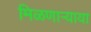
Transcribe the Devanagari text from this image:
मिळणार्‍याया